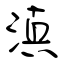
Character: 滇